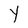
Character: Y